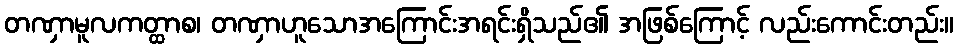
တဏှာမူလကတ္ထာစ၊ တဏှာဟူသောအကြောင်းအရင်းရှိသည်၏ အဖြစ်ကြောင့် လည်းကောင်းတည်း။